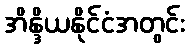
အိန္ဒိယနိုင်ငံအတွင်း